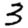
Digit: 3